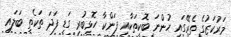
މަރުކަޒުގެ ތެރޭގައި ހުންނަ ބޮކިތަކާއި ފަންކާ ހޮޅިބުރި ގަޑި ފަދަ ތަކެތި ބަލައި